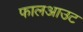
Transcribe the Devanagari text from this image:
फालआउट